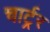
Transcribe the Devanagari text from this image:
चार्ट्रर